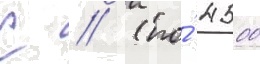
С // (по́ 4500